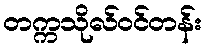
တက္ကသိုလ်ဝင်တန်း